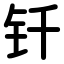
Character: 钎